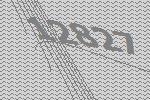
12827